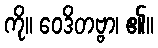
ကို။ ဝေဒိတဗ္ဗာ၊ ၏။